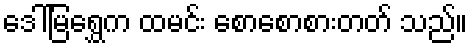
ဒေါ်မြရွှေက ထမင်း စောစောစားတတ် သည်။